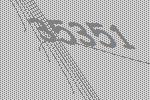
35351